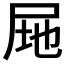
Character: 𭕚